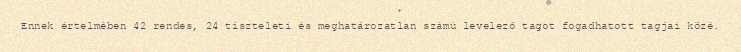
Ennek értelmében 42 rendes, 24 tiszteleti és meghatározatlan számú levelező tagot fogadhatott tagjai közé.